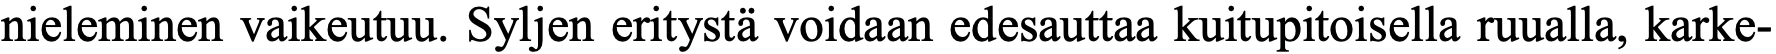
nieleminen vaikeutuu. Syljen eritystä voidaan edesauttaa kuitupitoisella ruualla, karke-